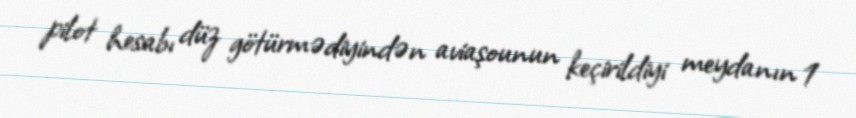
pilot hesabı düz götürmədiyindən aviaşounun keçirildiyi meydanın 1